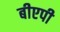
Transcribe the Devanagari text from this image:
बीएपी